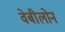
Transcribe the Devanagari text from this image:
वेबीलोन